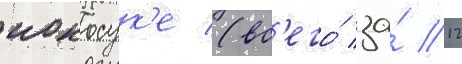
иокосук'е (вс'его́ за́ 12